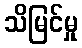
သိမြင်မှု